Report of the Indian Hemp Drugs Commission, 1894-1895 - Volume VII
Year: 1894
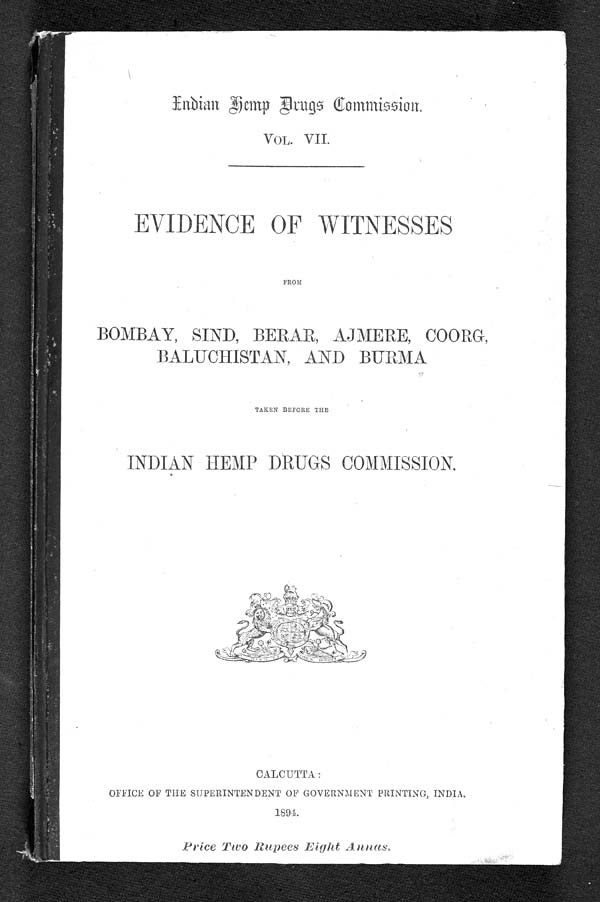
Indian Hemp Drugs Commission.
VOL. VII.
EVIDENCE OF WITNESSES
FROM
BOMBAY, SIND, BEHAR, AJMERE, COORG,
BALUCHISTAN, AND BURMA
TAKEN BEFORE THE
INDIAN HEMP DRUGS COMMISSION.
CALCUTTA :
OFFICE OF THE SUPERINTENDENT OF GOVERNMENT PRINTING, INDIA.
1894.
Price Two Rupees Eight Annas.